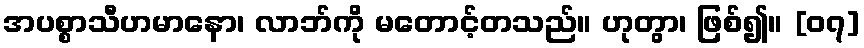
အပစ္စာသီဟမာနော၊ လာဘ်ကို မတောင့်တသည်။ ဟုတွာ၊ ဖြစ်၍။ [၀၇]